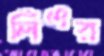
লিঁওর